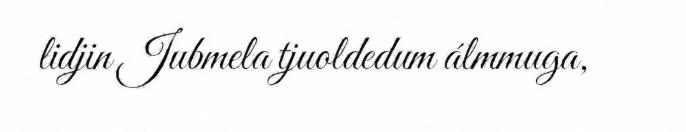
lidjin Jubmela tjuoldedum álmmuga,